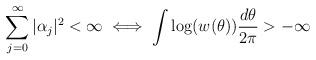
LaTeX: \begin{align*} \sum_{j=0}^{\infty} |\alpha_j|^2 < \infty \iff \int \log(w(\theta)) \frac{d\theta}{2\pi} > -\infty\end{align*}